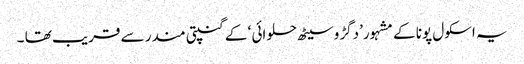
یہ اسکول پونا کے مشہور’دگڑو سیٹھ حلوائی ‘ کے گنپتی مندر سے قریب تھا ۔